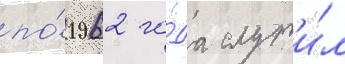
по́ 1962 го́да служи́л